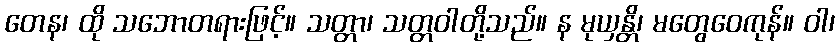
တေန၊ ထို သဘောတရားဖြင့်။ သတ္တာ၊ သတ္တဝါတို့သည်။ န မုယှန္တိ၊ မတွေဝေကုန်။ ဝါ၊